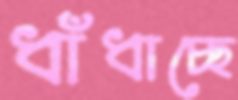
ধাঁধাচ্ছে